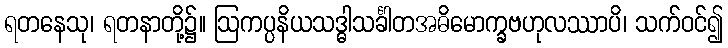
ရတနေသု၊ ရတနာတို့၌။ ဩကပ္ပနိယသဒ္ဓါသင်္ခါတအဓိမောက္ခဗဟုလဿာပိ၊ သက်ဝင်၍